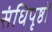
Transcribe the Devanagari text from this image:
संधिपृष्ठों